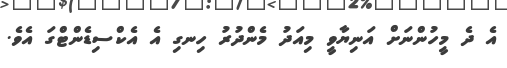
އެ ދެ މީހުންނަށް އަނިޔާވީ މިއަދު މެންދުރު ހިނގި އެ އެކްސިޑެންޓްގަ އެވެ.